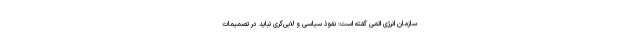
سازمان انرژی اتمی گفته است: نفوذ سیاسی و لابی‌گری نباید در تصمیمات